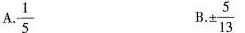
A $$\frac{1}{5}$$ B$$\\frac{5}{13}$$